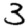
Digit: 3